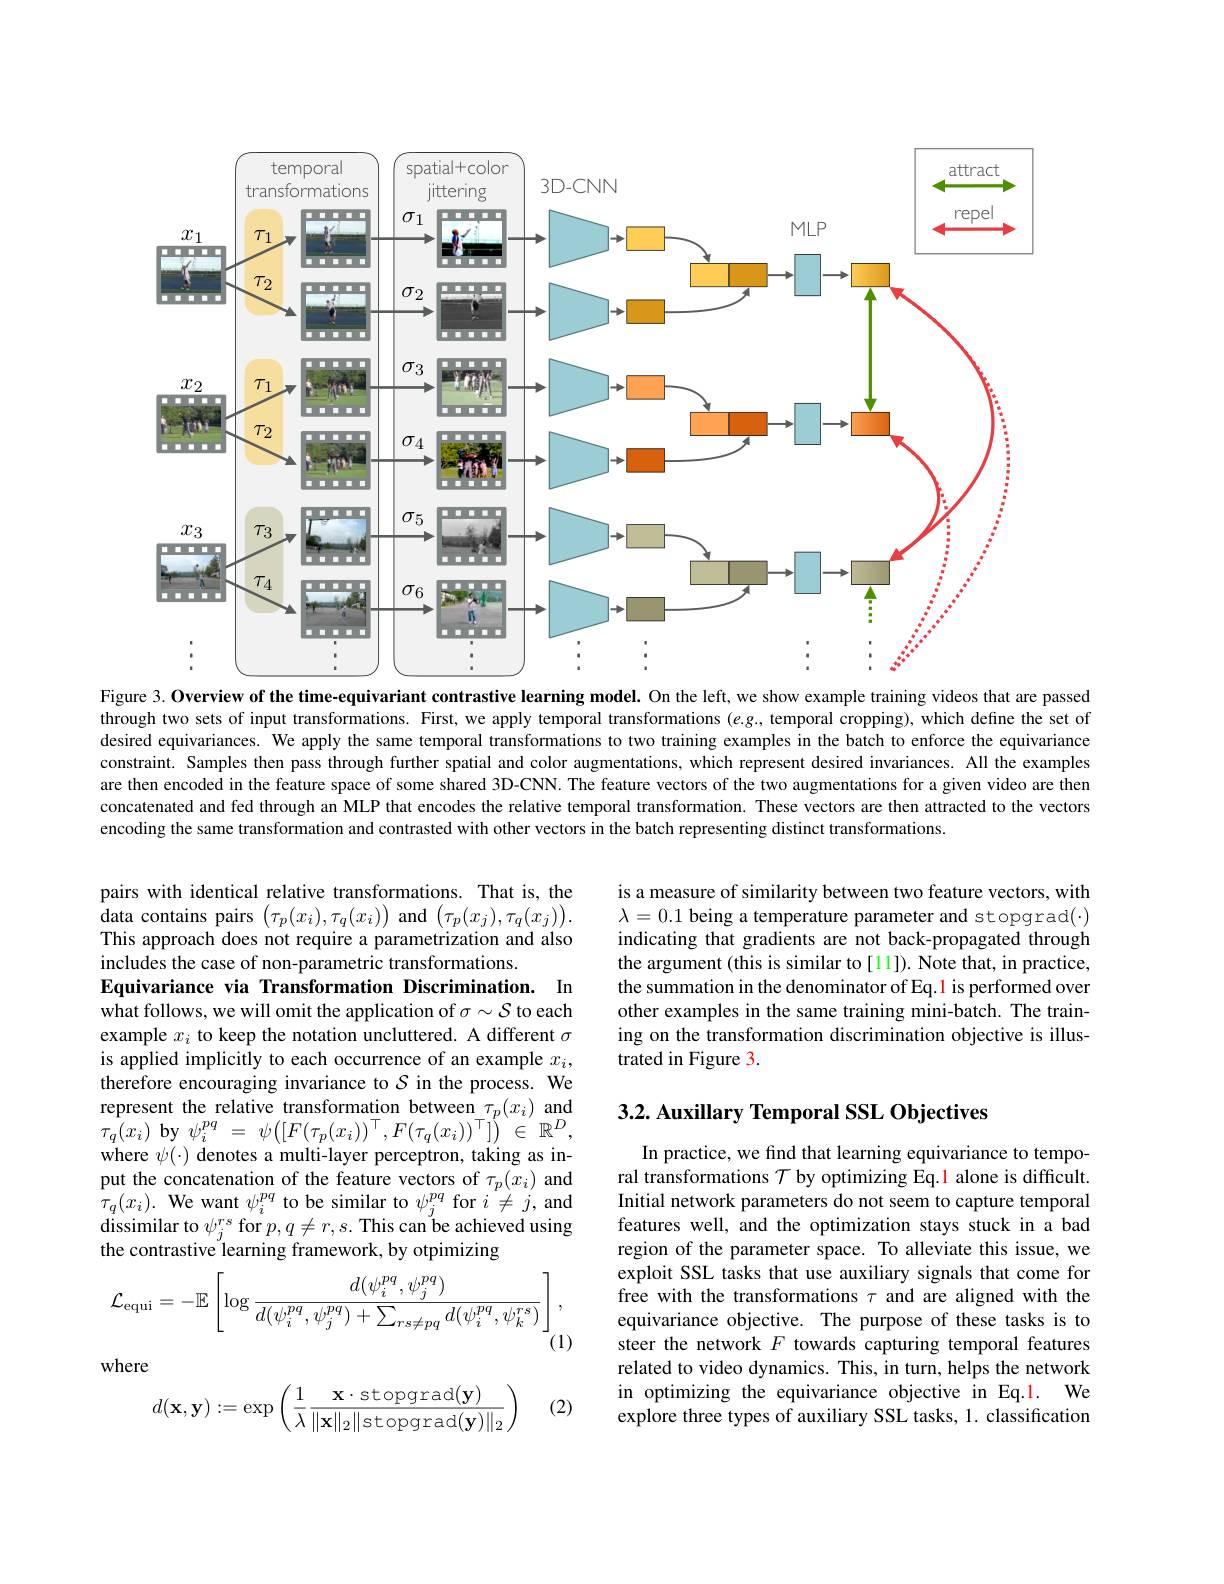
<FigureHere>
Figure 3. Overview of the time-equivariant contrastive learning model. On the left, we show example training videos that are passed

through two sets of input transformations. First, we apply temporal transformations $(e.g..$ temporal cropping), which define the set of desired equivariances. We apply the same temporal transformations to two training examples in the batch to enforce the equivariance constraint. Samples then pass through further spatial and color augmentations, which represent desired invariances. All the examples are then encoded in the feature space of some shared 3D-CNN. The feature vectors of the two augmentations for a given video are then concatenated and fed through an MLP that encodes the relative temporal transformation. These vectors are then attracted to the vectors encoding the same transformation and contrasted with other vectors in the batch representing distinct transformations

is a measure of similarity between two feature vectors, with $\lambda=0.1$ being a temperature parameter and stopgrad($\cdot)$ indicating that gradients are not back-propagated through the argument (this is similar to [11]). Note that, in practice, the summation in the denominator of Eq.1 is performed over other examples in the same training mini-batch. The training on the transformation discrimination objective is illustrated in Figure 3.

pairs with identical relative transformations. That is, the $\mathop{\text{data contains pairs }}\left(\tau_{p}(x_{i}),\tau_{q}(x_{i})\right)$and$\left(\tau_{p}(x_{j}),\tau_{q}(x_{j})\right).$ This approach does not require a parametrization and also includes the case of non-parametric transformations.
Equivariance via Transformation Discrimination. In what follows, we will omit the application of $\sigma\sim\mathcal{S}$ to each example $x_i$ to keep the notation uncluttered. A different $\sigma$ is applied implicitly to each occurrence of an example $x_i$, therefore encouraging invariance to $S$ in the process. We represent the relative transformation between $\tau_p(x_i)$ and $\tau _{q}( x_{i})$ by$\psi _{i}^{pq}$ = $\psi ( [ F( \tau _{p}( x_{i}) ) ^{\top }, F( \tau _{q}( x_{i}) ) ^{\top }] )$ $\in$ $\mathbb{R} ^{D}$, where $\psi(\cdot)$ denotes a multi-layer perceptron, taking as input the concatenation of the feature vectors of $\tau_p(x_i)$ and $\tau_{q}(x_{i}).$ We want $\psi_i^{pq}$ to be similar to $\psi_j^{pq}$ for $i\neq j$, and dissimilar to $\psi_j^{rs}$ for $p,q\neq r,s.$ This can be achieved using the contrastive learning framework, by otpimizing

## 3.2. Auxillary Temporal SSL Objectives

In practice, we find that learning equivariance to temporal transformations $\mathcal{T}$ by optimizing Eq.1 alone is difficult. Initial network parameters do not seem to capture temporal features well, and the optimization stays stuck in a bad region of the parameter space. To alleviate this issue, we exploit SSL tasks that use auxiliary signals that come for free with the transformations $\tau$ and are aligned with the equivariance objective. The purpose of these tasks is to steer the network $F$ towards capturing temporal features related to video dynamics. This, in turn, helps the network in optimizing the equivariance objective in Eq.1. We explore three types of auxiliary SSL tasks, 1. classification
$$\mathcal{L}_{\mathrm{equi}}=-\mathbb{E}\left[\log\frac{d(\psi_i^{pq},\psi_j^{pq})}{d(\psi_i^{pq},\psi_j^{pq})+\sum_{rs\neq pq}d(\psi_i^{pq},\psi_k^{rs})}\right],$$
where

(2)
$$d(\mathbf{x},\mathbf{y}):=\exp\left(\dfrac{1}{\lambda}\dfrac{\mathbf{x}\cdot\text{stopgrad}(\mathbf{y})}{\|\mathbf{x}\|_2\|\text{stopgrad}(\mathbf{y})\|_2}\right)$$